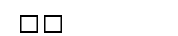
٥١